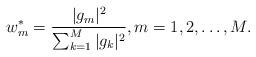
LaTeX: \begin{align*}w_m^* = \frac{| g_m |^2}{\sum_{k=1}^{M} | g_k |^2 }, m=1,2,\ldots,M .\end{align*}